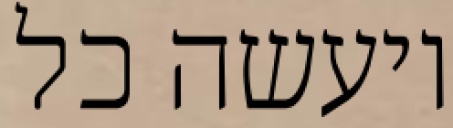
ויעשה כל